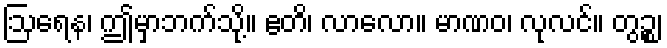
ဩရေန၊ ဤမှာဘက်သို့။ ဧတိ၊ လာလော။ မာဏဝ၊ လုလင်။ တွဉ္စ၊